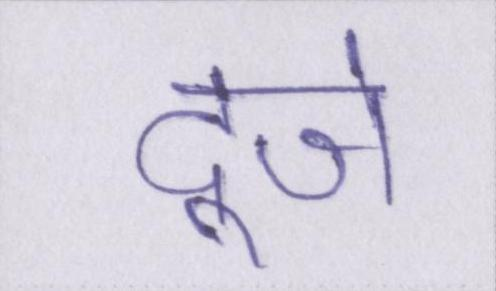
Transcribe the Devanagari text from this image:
दूजे